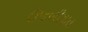
ઉજળીયાત